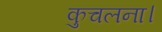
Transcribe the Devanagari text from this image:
कुचलना।